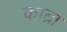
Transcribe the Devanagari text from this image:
काब्रा